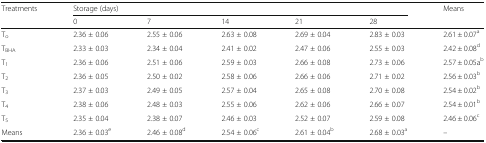
<table><thead><tr><td rowspan="2"><b>Treatments</b></td><td colspan="5"><b>Storage (days)</b></td><td rowspan="2"><b>Means</b></td></tr><tr><td><b>0</b></td><td><b>7</b></td><td><b>14</b></td><td><b>21</b></td><td><b>28</b></td></tr></thead><tbody><tr><td>T<sub>o</sub></td><td>2.36 ± 0.06</td><td>2.55 ± 0.06</td><td>2.63 ± 0.08</td><td>2.69 ± 0.04</td><td>2.83 ± 0.03</td><td>2.61 ± 0.07<sup>a</sup></td></tr><tr><td>T<sub>BHA</sub></td><td>2.33 ± 0.03</td><td>2.34 ± 0.04</td><td>2.41 ± 0.02</td><td>2.47 ± 0.06</td><td>2.55 ± 0.03</td><td>2.42 ± 0.08<sup>d</sup></td></tr><tr><td>T<sub>1</sub></td><td>2.36 ± 0.06</td><td>2.51 ± 0.06</td><td>2.59 ± 0.03</td><td>2.66 ± 0.08</td><td>2.73 ± 0.06</td><td>2.57 ± 0.05a<sup>b</sup></td></tr><tr><td>T<sub>2</sub></td><td>2.36 ± 0.05</td><td>2.50 ± 0.02</td><td>2.58 ± 0.06</td><td>2.66 ± 0.06</td><td>2.71 ± 0.02</td><td>2.56 ± 0.03<sup>b</sup></td></tr><tr><td>T<sub>3</sub></td><td>2.37 ± 0.03</td><td>2.49 ± 0.05</td><td>2.57 ± 0.04</td><td>2.65 ± 0.08</td><td>2.70 ± 0.08</td><td>2.54 ± 0.02<sup>b</sup></td></tr><tr><td>T<sub>4</sub></td><td>2.38 ± 0.06</td><td>2.48 ± 0.03</td><td>2.55 ± 0.06</td><td>2.62 ± 0.06</td><td>2.66 ± 0.07</td><td>2.54 ± 0.01<sup>b</sup></td></tr><tr><td>T<sub>5</sub></td><td>2.35 ± 0.04</td><td>2.38 ± 0.07</td><td>2.46 ± 0.03</td><td>2.52 ± 0.07</td><td>2.59 ± 0.08</td><td>2.46 ± 0.06<sup>c</sup></td></tr><tr><td>Means</td><td>2.36 ± 0.03<sup>e</sup></td><td>2.46 ± 0.08<sup>d</sup></td><td>2.54 ± 0.06<sup>c</sup></td><td>2.61 ± 0.04<sup>b</sup></td><td>2.68 ± 0.03<sup>a</sup></td><td>–</td></tr></tbody></table>